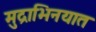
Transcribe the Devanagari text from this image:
मुद्राभिनयात